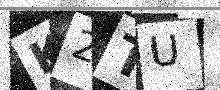
Text: K2TU